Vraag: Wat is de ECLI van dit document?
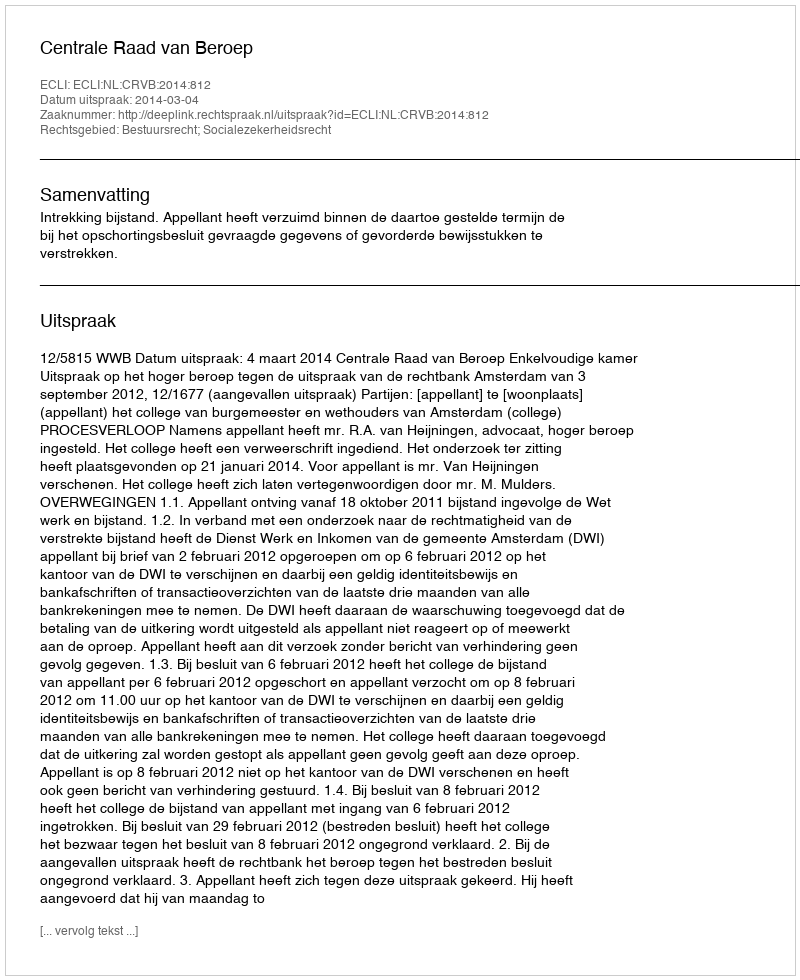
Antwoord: ECLI:NL:CRVB:2014:812